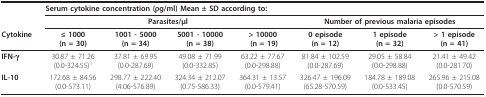
|  | <COLSPAN=7> Serum cytokine concentration (ρg/ml) Mean ± SD according to: |
 |  | <COLSPAN=4> Parasites/μl | <COLSPAN=3> Number of previous malaria episodes |
 | Cytokine | ≤ 1000(n = 30) | 1001 - 5000(n = 34) | 5001 - 10000(n = 38) | > 10000 (n = 19) | 0 episode(n = 12) | 1 episode(n = 32) | > 1 episode(n = 41) |
 | --- | --- | --- | --- | --- | --- | --- | --- |
 | IFN-γ | 30.87 ± 71.26(0.0-324.55)1 | 37.81 ± 69.95(0.0-287.69) | 49.08 ± 71.99(0.0-332.85) | 63.22 ± 77.67(0.0-298.88) | 81.84 ± 102.59(0.0-287.69) | 29.05 ± 58.84(0.0-298.88) | 21.41 ± 49.42(0.0-281.70) |
 | IL-10 | 172.68 ± 84.56(0.0-573.11) | 298.77 ± 222.40(4.06-576.89) | 324.34 ± 212.07(0.75-586.33) | 364.31 ± 13.57(0.0-579.41) | 326.47 ± 196.09(65.28-570.59) | 184.78 ± 189.08(0.0-533.45) | 265.96 ± 215.08(0.0-570.59) |